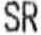
SR